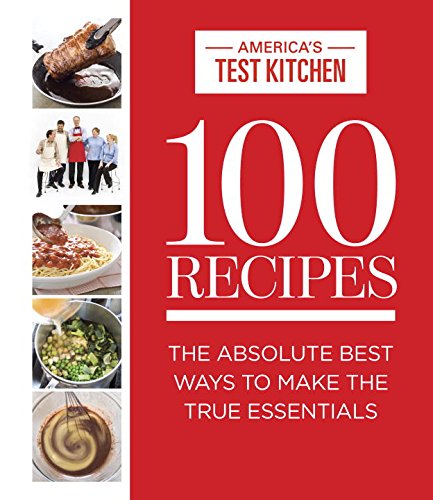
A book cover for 100 Recipes: The Absolute Best Ways To Make The True Essentials; Cookbooks, Food & Wine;